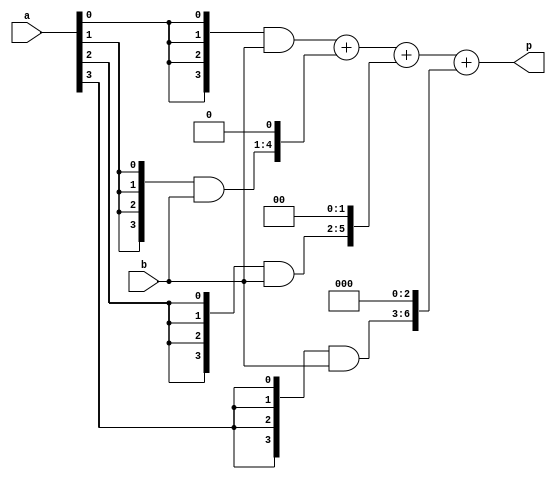
`timescale 1ns / 1ps
//////////////////////////////////////////////////////////////////////////////////
// Company: 
// Engineer: 
// 
// Design Name: 
// Module Name: RegisterNbit
// Project Name: 
// Target Devices: 
// Tool Versions: 
// Description: 
// 
// Dependencies: 
// 
// Revision:
// Revision 0.01 - File Created
// Additional Comments:
// 
//////////////////////////////////////////////////////////////////////////////////


module multiplier(a,b,p);

    input [3:0] a,b;
    
    wire [3:0]m0;
    wire [4:0]m1;
    wire [5:0]m2;
    wire [6:0]m3;

    wire [7:0] s1,s2,s3;
    
    output [7:0] p;
    
    assign m0 = {4{a[0]}} & b[3:0];
    assign m1 = {4{a[1]}} & b[3:0];
    assign m2 = {4{a[2]}} & b[3:0];
    assign m3 = {4{a[3]}} & b[3:0];
    

    assign s1 = m0+ (m1<<1);
    assign s2 = s1+ (m2<<2);
    assign s3 = s2+ (m3<<3);
    assign p = s3;


endmodule